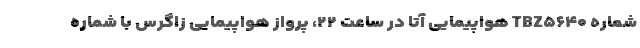
شماره TBZ۵۶۴۰ هواپیمایی آتا در ساعت ۲۲، پرواز هواپیمایی زاگرس با شماره